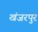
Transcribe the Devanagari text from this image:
खंजरपुर